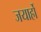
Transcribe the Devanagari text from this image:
जयार्हो